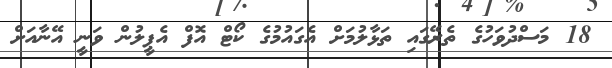
18 މަސްދުވަހުގެ ތެރޭގައި ތަޅާލުމަށް އެގައުމުގެ ކޯޓް އޮފް އެޕީލުން ވަނީ އޭނާއަށް